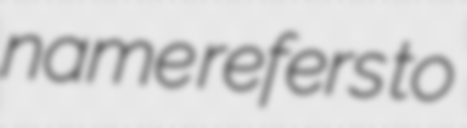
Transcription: name refers to